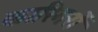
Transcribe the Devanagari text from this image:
कारिगरों